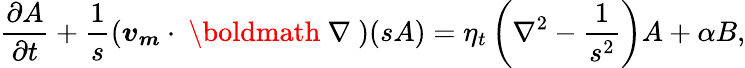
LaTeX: \frac{\partial A}{\partial t}+\frac{1}{s}(\boldsymbol{v_{m}}\cdot\mathrm{~\boldmath~\nabla~})(sA)=\eta_{t}\left(\nabla^{2}-\frac{1}{s^{2}}\right)A+\alpha B,